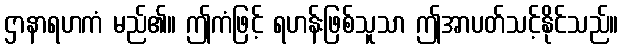
ဌာနာရဟကံ မည်၏။ ဤကံဖြင့် ရဟန်းဖြစ်သူသာ ဤအာပတ်သင့်နိုင်သည်။